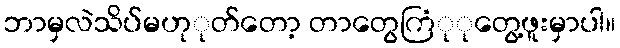
ဘာမှလဲသိပ်မဟုုတ်တော့ တာတွေကြံုုတွေ့ဖူးမှာပါ။